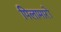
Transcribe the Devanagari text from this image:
पिलामारों